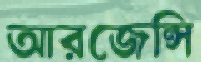
আরজেন্সি